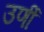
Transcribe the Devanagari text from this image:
उर्णी